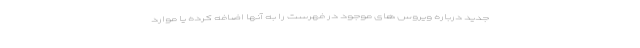
جدید درباره ویروس های موجود در فهرست را به آنها اضافه کرده یا موارد